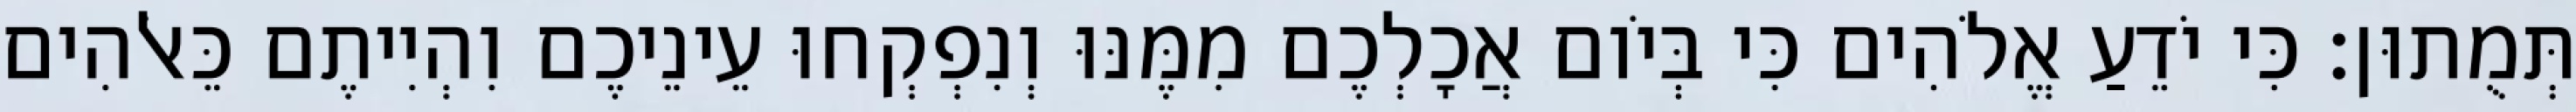
תְּמֻתוּן׃ כִּי יֹדֵעַ אֱלֹהִים כִּי בְּיֹום אֲכָלְכֶם מִמֶּנּוּ וְנִפְקְחוּ עֵינֵיכֶם וִהְיִיתֶם כֵּאלֹהִים